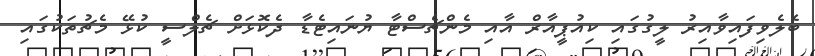
ބެލެވިފައިވާއިރު ލީގުގައި ކިއުޕީއާރް އާއި މެންޗެސްޓާ ޔުނައިޓެޑާ ދެކޮޅަށް ޗެލްސީ ކުޅޭ މެޗުތަކުގައި